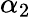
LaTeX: \alpha_{2}